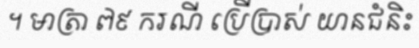
។ មាត្រា ៧៩ ករណី ប្រើប្រាស់ យានជំនិះ